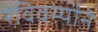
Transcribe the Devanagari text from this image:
रविवर्म्यानॆ